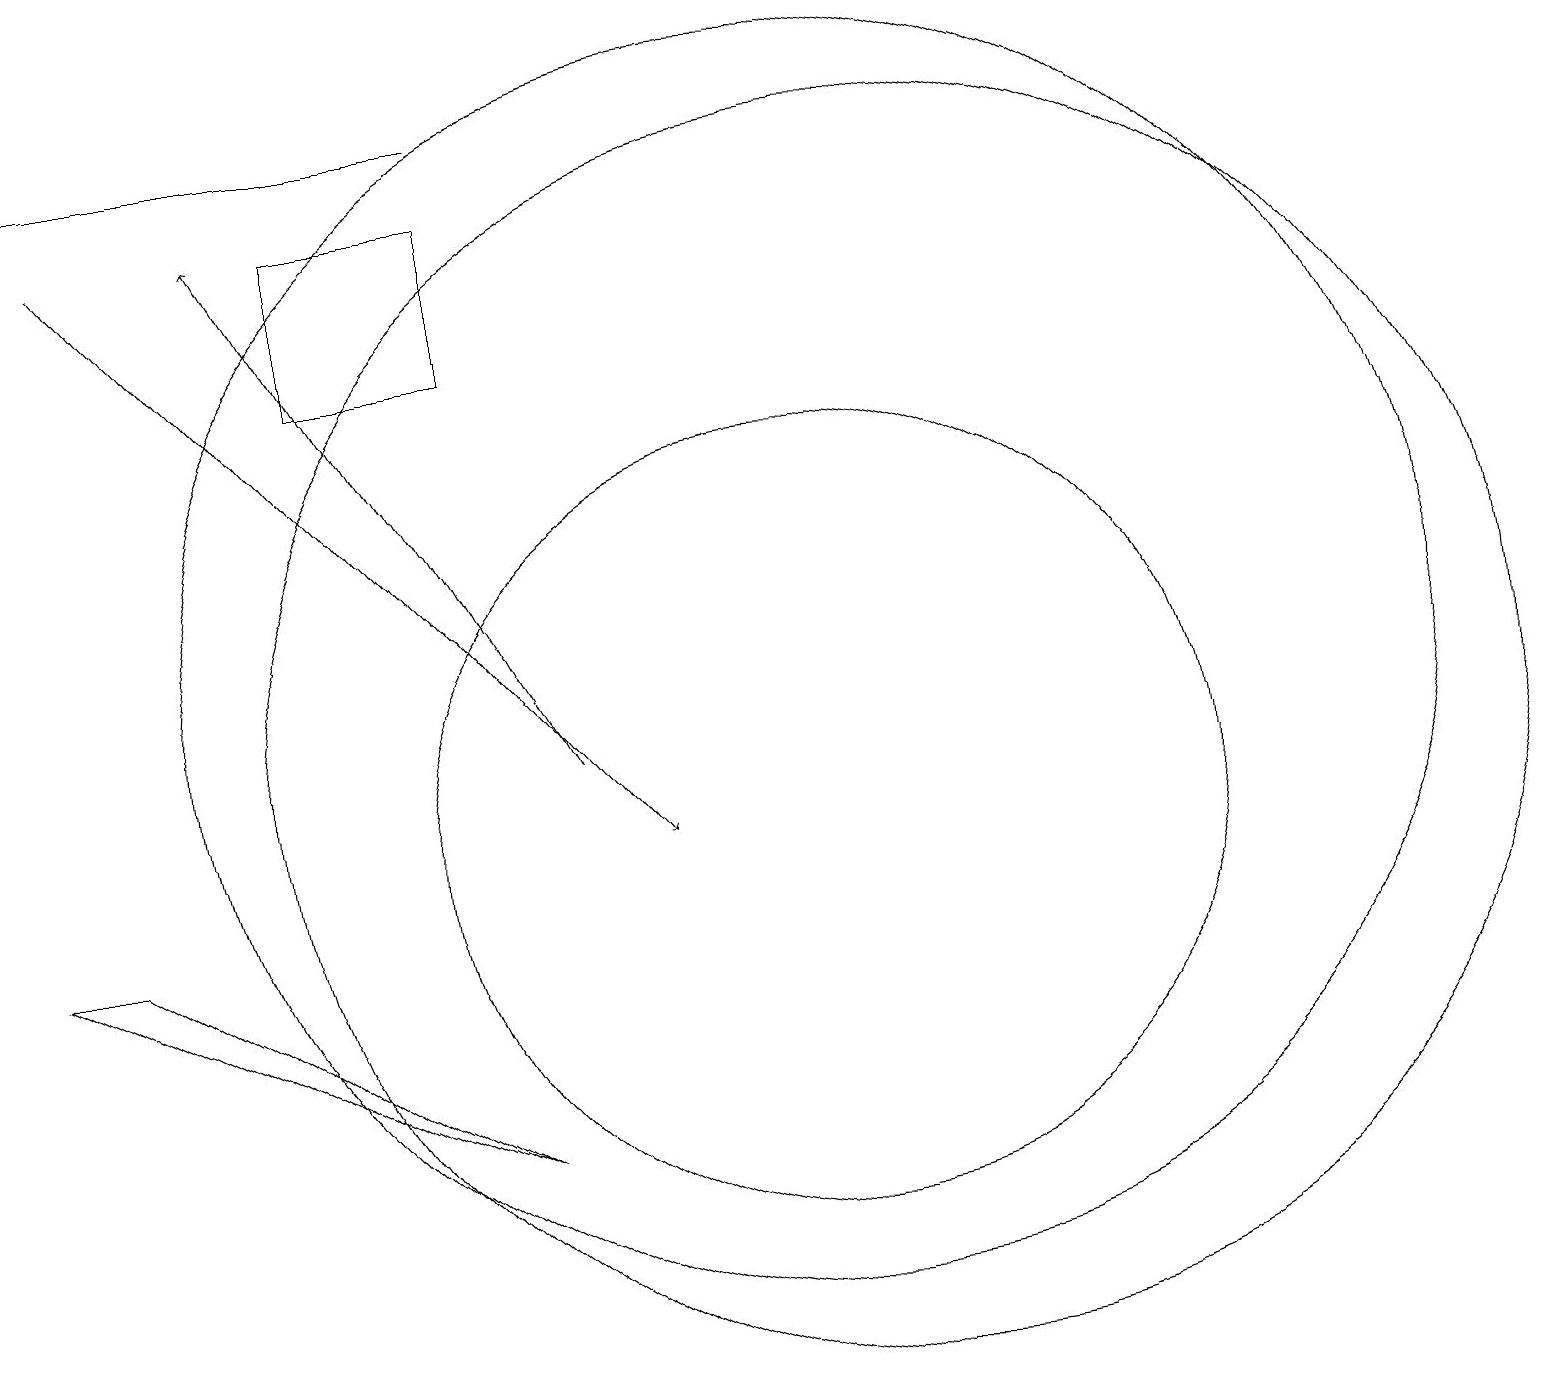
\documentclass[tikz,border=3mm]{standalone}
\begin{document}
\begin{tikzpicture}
\draw[->] (8,11) -- (4,18);
\draw (11,10) circle (5);
\draw (12,11) circle (8);
\draw (1,19) rectangle (7,19);
\draw (7,18) rectangle (5,16);
\draw (11,12) circle (8);
\draw[->] (2,18) -- (9,10);
\draw (1,9) -- (2,9) -- (7,6) -- cycle;
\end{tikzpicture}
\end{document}